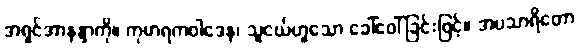
အရှင်အာနန္ဒာကို။ ကုမာရကဝါဒေန၊ သူငယ်ဟူသော ခေါ်ဝေါ်ခြင်းဖြင့်။ အပသာရိတော